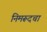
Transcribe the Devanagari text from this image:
निमरूदचा